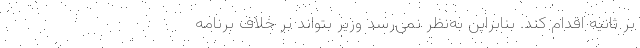
بر ثانیه اقدام کند. بنابراین به‌نظر نمی‌رسد وزیر بتواند بر خلاف برنامه